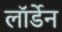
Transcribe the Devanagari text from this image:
लॉर्डेन